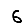
Digit: 6